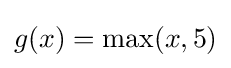
g(x)=\max(x,5)